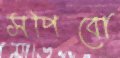
সপিবো